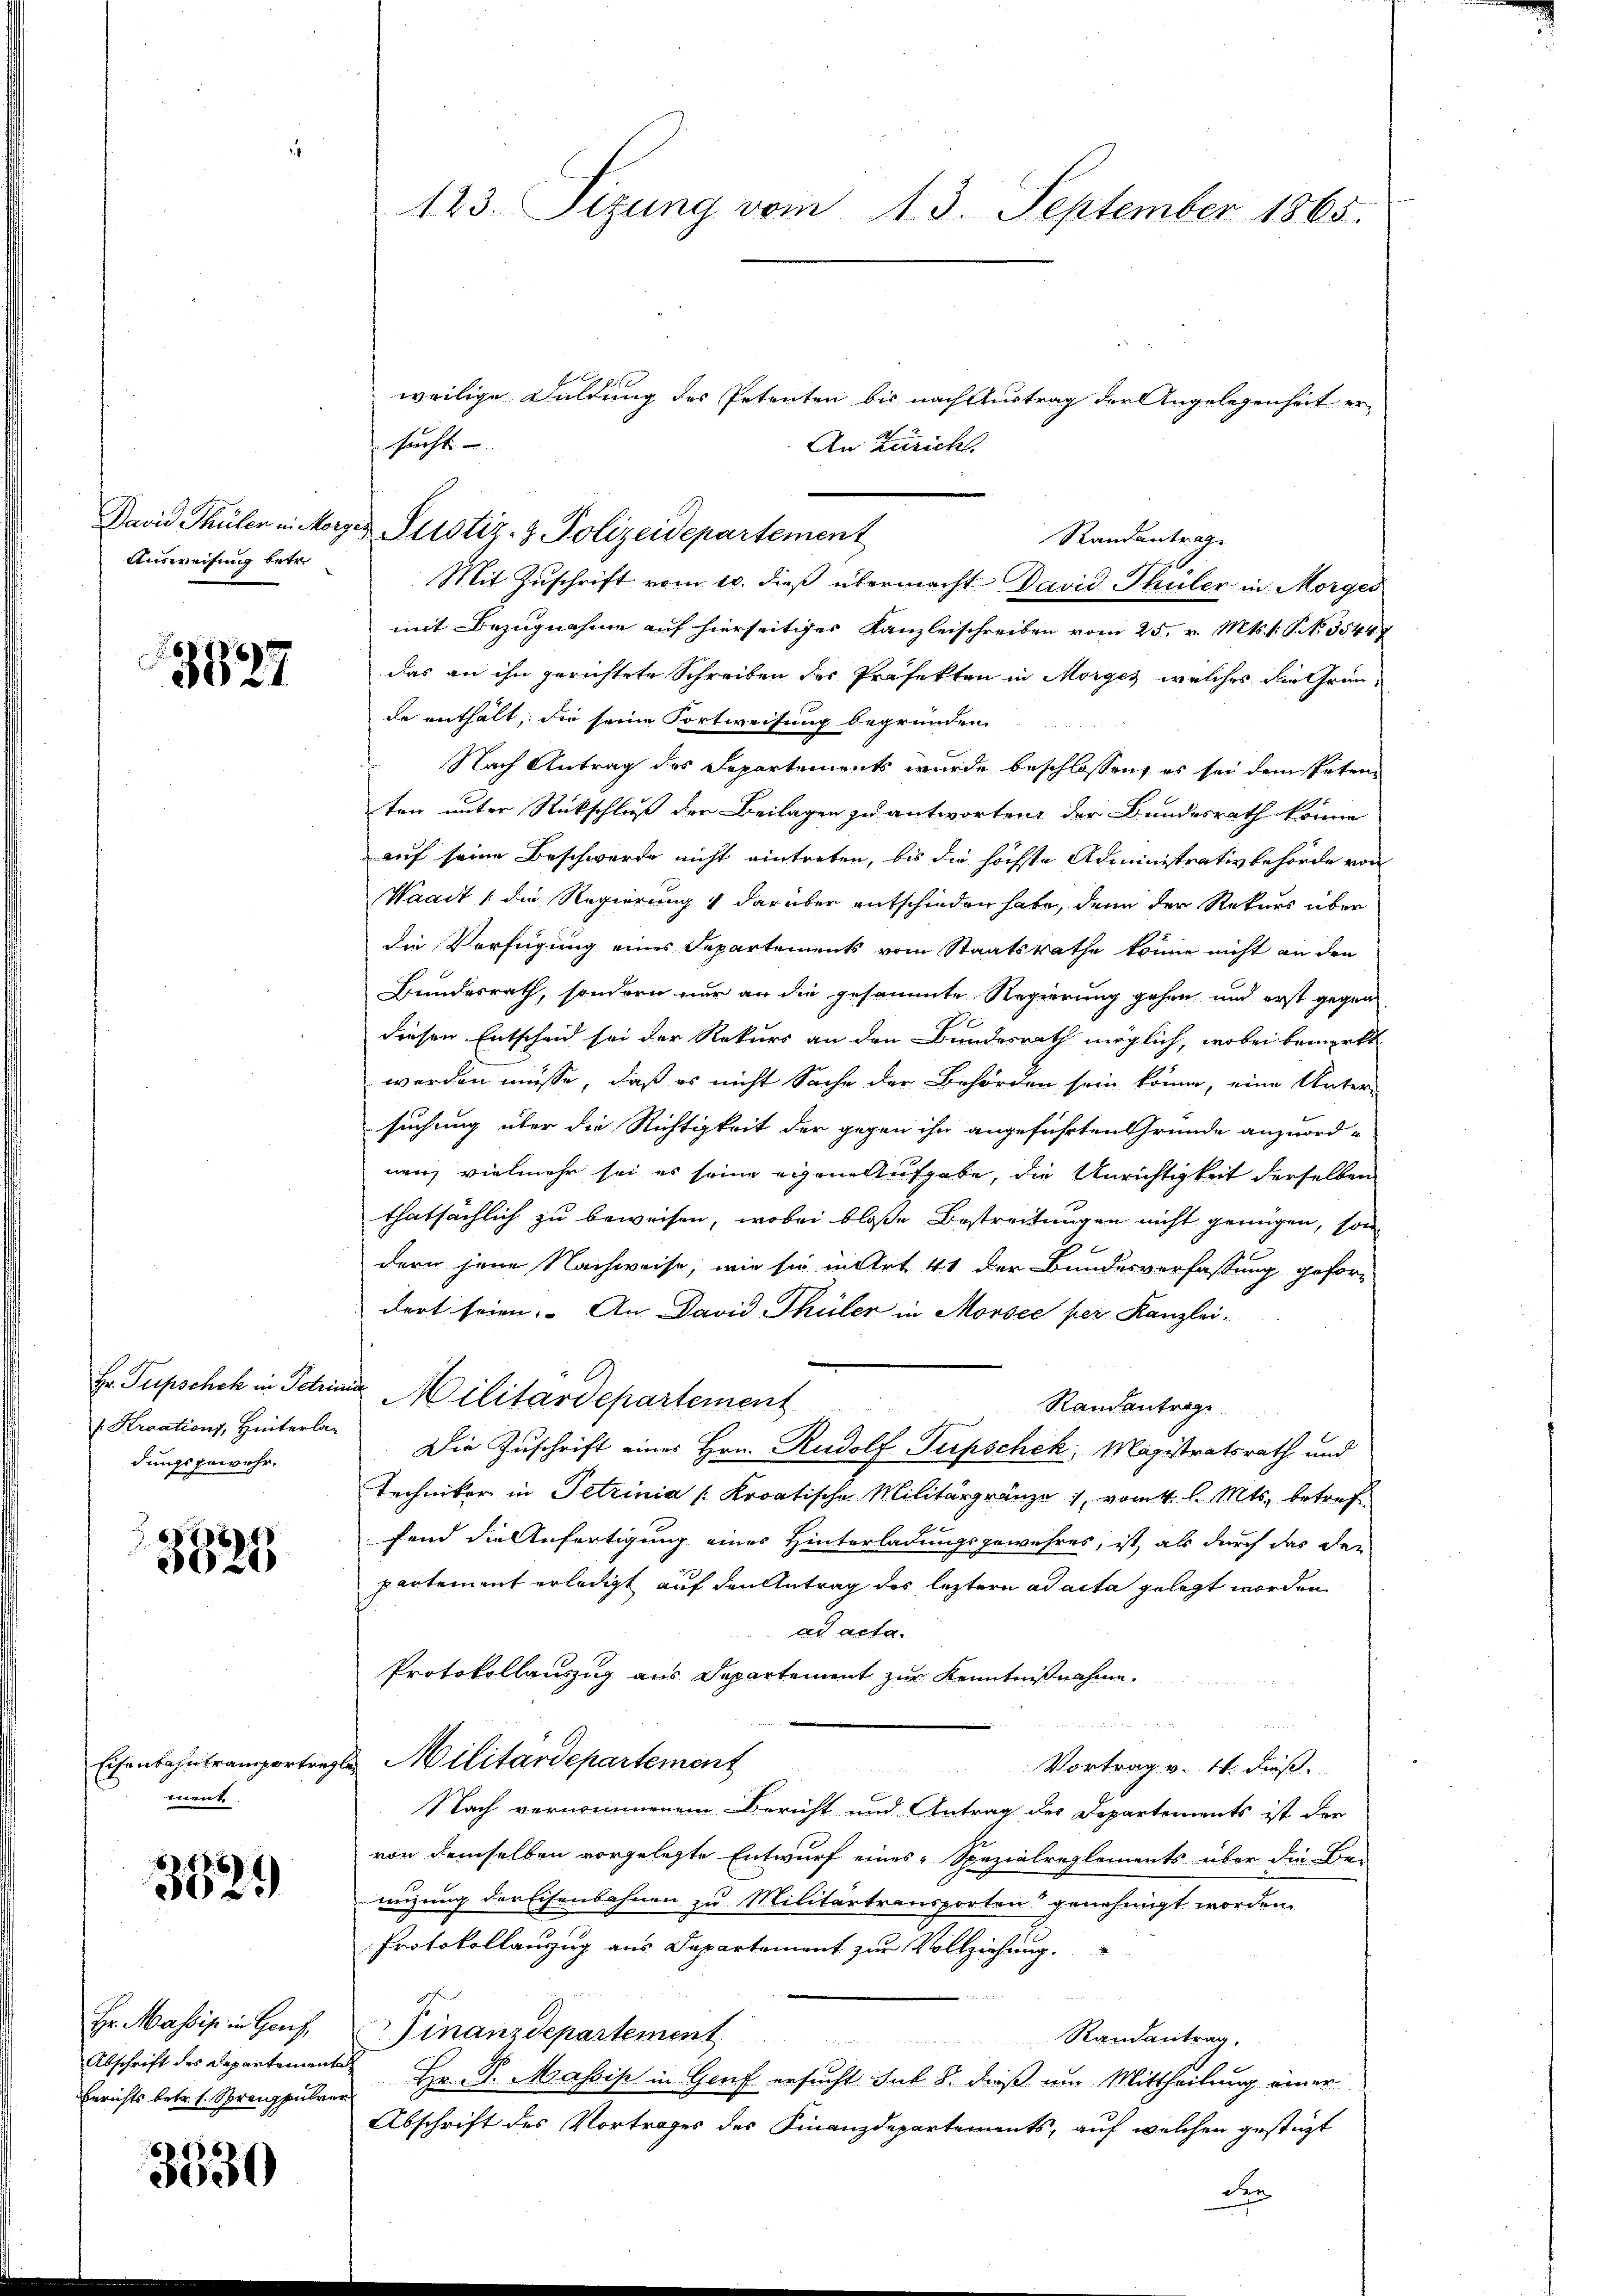
David Thüler in Morge
Ausweisung betr.

3527

Hr. Pupscheh in Petrin
( Kroations, Hinterlan
dungsgewehr.

3825

Eisenbahn transportrement

3321)

Hr. Massis in Genf,
Abschrift des Departement
Berichts betr. s. Sprenzpulre

3530

123. Sizung vom 13. September 1865.

Mit Zuschrift vom 10. dieß übermacht David Thüler in Morges
mit Bezugnahme auf hierseitiger Kanzleischreiben vom 25. v. Mts. 1. P. Nr. 35447
das an ihn gerichtete Schreiben des Präfekten in Morges welches die Gründe enthalt, die seine Fortweisung begründen
Nach Antrag des Separtements wurde beschlossen, es sei dem Petenten unter Rückschluß der Beilagen zu antworten der Bundesrath könne
auf seine Beschwerde nicht eintreten, bis die höchste Administrativbehörde von
Waadt (die Regierung & darüber entschieden habe, denn der Rekurs über
die Verfügung eines Departements vom Staatsrathe könne nicht an den
Bundesrath, sondern nur an die gesammte Regierung gehen und erst gegen
diesen Entscheid sei der Rekurs an den Bundesrath möglich, wobei bemerkt
werden müsse, daß es nicht Sache der Behörden sein könne, eine Untersuchung über die Richtigkeit der gegen ihn angeführten Gründe anzuordnen, vielmehr sei es seine eigene Aufgabe, die Unrichtigkeit derselben
thatsächlich zu beweisen, wobei bloße Bestreitungen nicht genügen, son
dern jene Nachweise, wie sie in Art. 41 der Bundesverfassung gefordert seien. An David Thüler in Morsee per Kanzlei-
in Militärdepartement
Randantrage
Die Zuschrift eines Hrn. Rudolf Fupschek, Magistratsrath und
Techniker in Petrinia (Kroatische Militärgränze 1, vom 4. l. Mts. betreffend die Anfertigung einer Hinterladungsgewahres, ist, als durch das der
partement erledigt auf den Antrag des leztere ad acta gelegt worden
ad acta.
Protokollauszug aus Departement zur Kenntnißnahme.
Militärdepartement
Vortrag v. 4. dieß.
Nach vernommenem Bericht und Antrag des Departements ist der
von demselben vorgelegte Entwurf eines Spezialreglements über die Bei
euzung der Eisenbahnen zu Militärtransporten genehmigt worden.
Protokollauszug aus Departement zur Vollziehung.
1
Finanzdepartement
Randantrag.

Hr. Dr. Massis in Genf ersucht sub. 8. dieß um Mittheilung einer
Abschrift des Vortrages des Finanzdepartements, auf welchen gestüzt
de

weilige Duldung des Petenten bis nach Austrag der Angelegenheit er-
An Züricht.
u. Justiz- & Polizeidepartement

sucht |

Standantrage